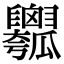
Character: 𤬣